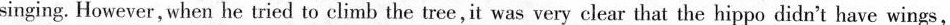
singing. However, when he tried to climb the tree,it was very clear that the hippo didn't have wings,